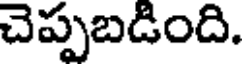
చెప్పబడింది.